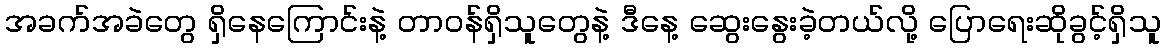
အခက်အခဲတွေ ရှိနေကြောင်းနဲ့ တာဝန်ရှိသူတွေနဲ့ ဒီနေ့ ဆွေးနွေးခဲ့တယ်လို့ ပြောရေးဆိုခွင့်ရှိသူ